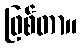
ဖြစ်တာ။